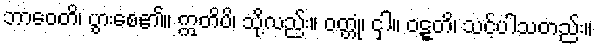
ဘာဝေတိ၊ ပွားစေ၏။ ဣတိပိ၊ သို့လည်း။ ဝတ္တုံ၊ ငှါ။ ဝဋ္ဋတိ၊ သင့်ပါသတည်း။